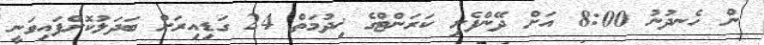
ން ހެނދުނު 8:00 އަށް ދޭންފެށި ކަރަންޓްގެ ޚިދުމަތް 24 ގަޑިއިރަށް ބަދަލުކޮށްފައިވަނީ